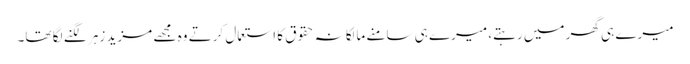
میرے ہی گھر میں رہتے، میرے ہی سامنے مالکانہ حقوق کا استعمال کرتے وہ مجھے مزید زہر لگنے لگا تھا۔